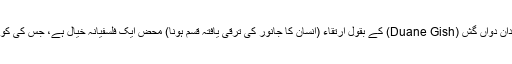
دورِ جدید کے ایک سائنسدان دُواں گِش (Duane Gish) کے بقول اِرتقاء (اِنسان کا جانور کی ترقی یافتہ قسم ہونا) محض ایک فلسفیانہ خیال ہے، جس کی کوئی سائنسی بنیاد نہیں ہے۔